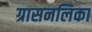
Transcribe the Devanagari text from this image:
ग्रासनलिका